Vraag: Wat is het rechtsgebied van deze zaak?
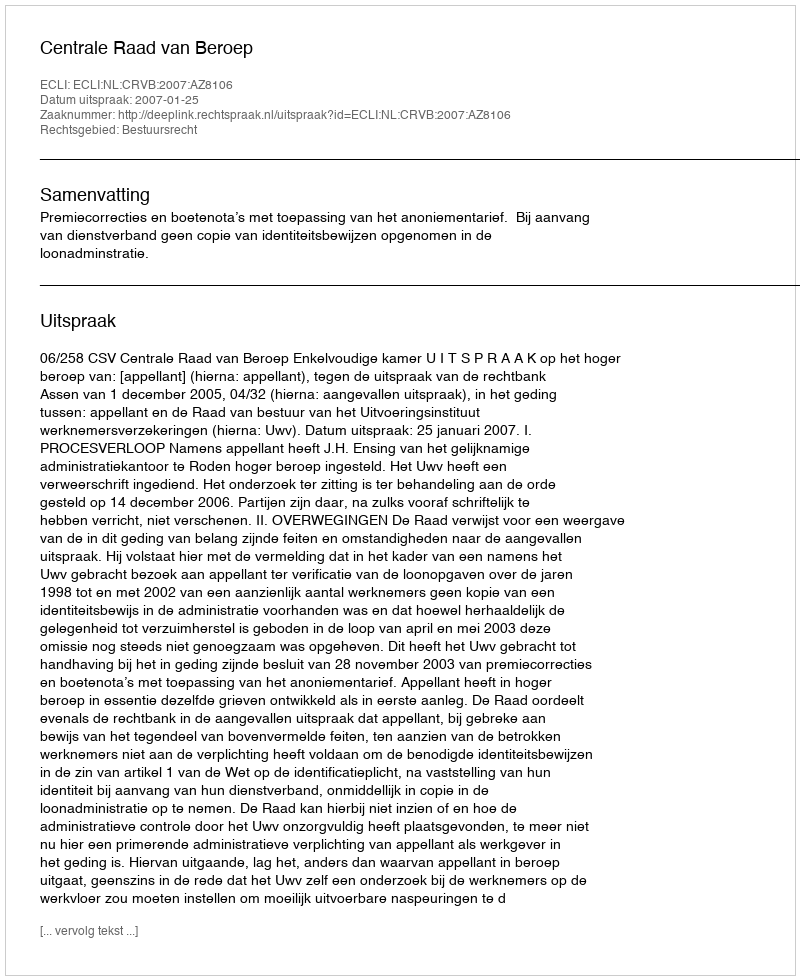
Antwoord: Bestuursrecht